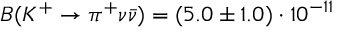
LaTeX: B ( K ^ { + } \rightarrow \pi ^ { + } \nu \bar { \nu } ) = ( 5 . 0 \pm 1 . 0 ) \cdot 1 0 ^ { - 1 1 }